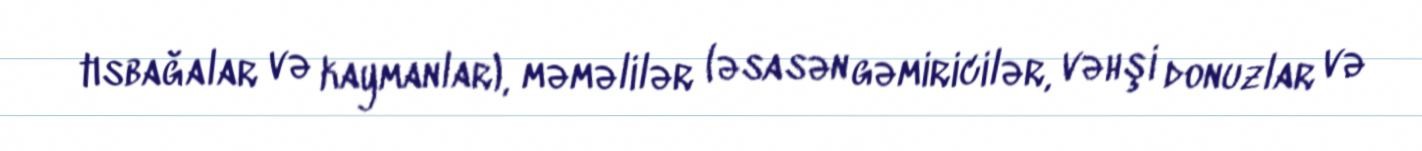
tısbağalar və kaymanlar), məməlilər (əsasən gəmiricilər, vəhşi donuzlar və